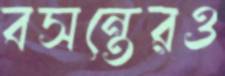
বসন্তেরও